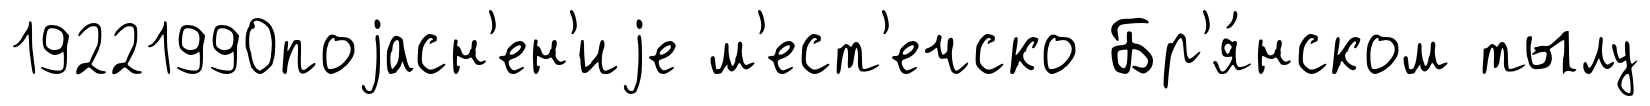
19221990поjасн'ен'иjе м'ест'ечско Бр'я́нском тылу